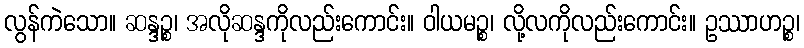
လွန်ကဲသော။ ဆန္ဒဉ္စ၊ အလိုဆန္ဒကိုလည်းကောင်း။ ဝါယမဉ္စ၊ လို့လကိုလည်းကောင်း။ ဥဿာဟဉ္စ၊